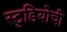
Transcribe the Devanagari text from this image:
स्टुडियोची